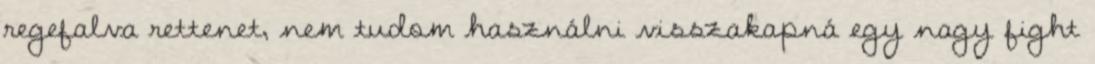
regefalva rettenet, nem tudom használni visszakapná egy nagy fight